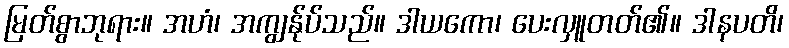
မြတ်စွာဘုရား။ အဟံ၊ အကျွန်ုပ်သည်။ ဒါယကော၊ ပေးလှူတတ်၏။ ဒါနပတိ၊